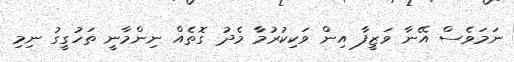
ނަމަވެސް އޭނާ ވަޒީފާ އިން ވަކިކުރުމާ މެދު ގޮތެއް ނިންމާނީ ތަހުގީގު ނިމި